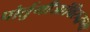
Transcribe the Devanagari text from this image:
पोर्तुगीजांविरुद्धच्या